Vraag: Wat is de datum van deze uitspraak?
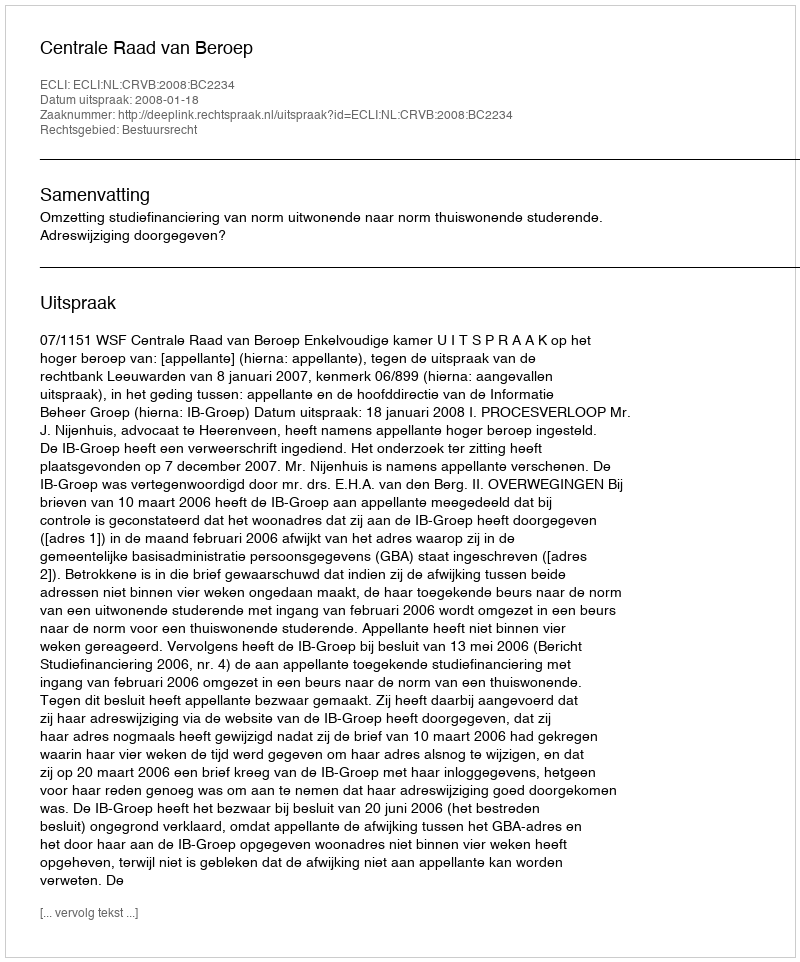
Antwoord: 2008-01-18